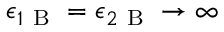
\epsilon _ { 1 \mathrm { ~ B ~ } } = \epsilon _ { 2 \mathrm { ~ B ~ } } \rightarrow \infty